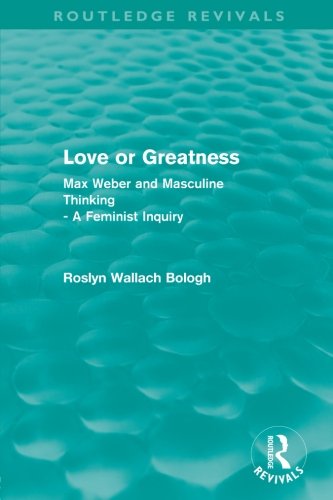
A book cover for Love or greatness (Routledge Revivals): Max Weber and masculine thinking; Roslyn Wallach Bologh; Business & Money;